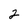
Character: 2